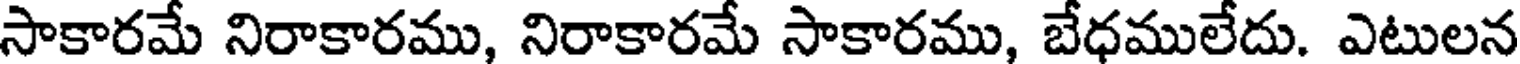
సాకారమే నిరాకారము, నిరాకారమే సాకారము, బేధములేదు. ఎటులన